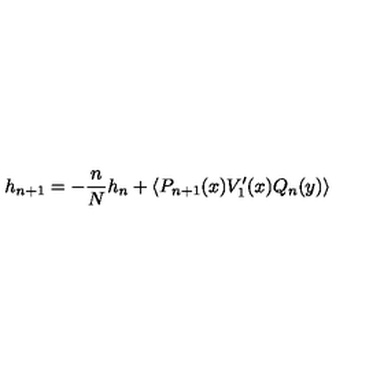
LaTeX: h _ { n + 1 } = - \frac { n } { N } h _ { n } + \left\langle P _ { n + 1 } ( x ) V _ { 1 } ^ { \prime } ( x ) Q _ { n } ( y ) \right\rangle